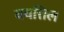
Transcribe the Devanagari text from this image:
वयत्तिल